Report of the Bombay Veterinary College
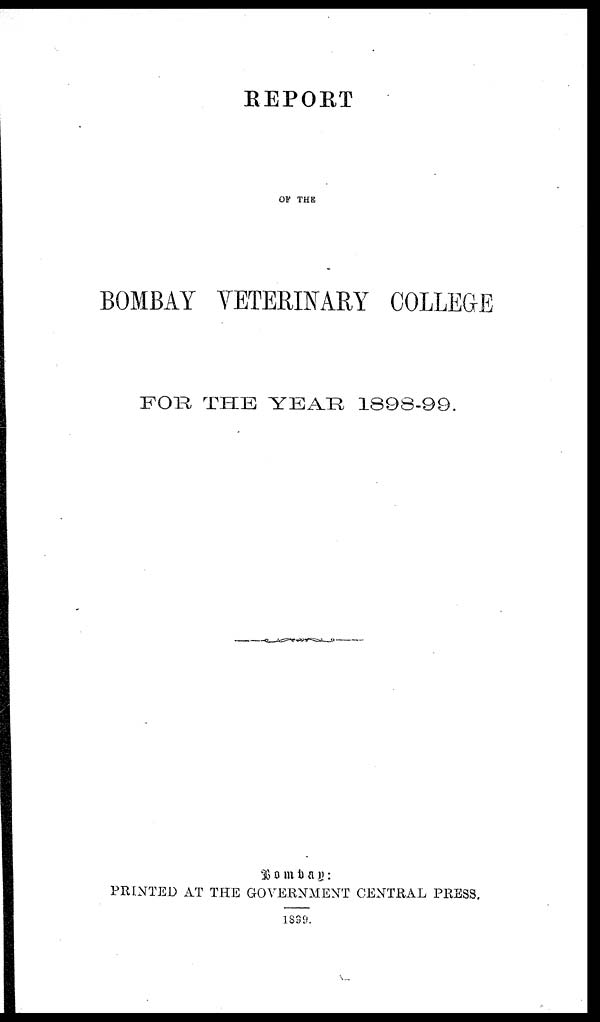
REPORT
OF THE
BOMBAY VETERINARY COLLEGE
FOR THE YEAR 1898-99.
Bombay
:
PRINTED AT THE GOVERNMENT CENTRAL PRESS.
1899.